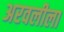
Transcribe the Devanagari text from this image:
अरवलीला